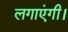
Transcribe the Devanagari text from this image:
लगाएंगी।